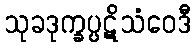
သုခဒုက္ခပ္ပဋိသံဝေဒီ